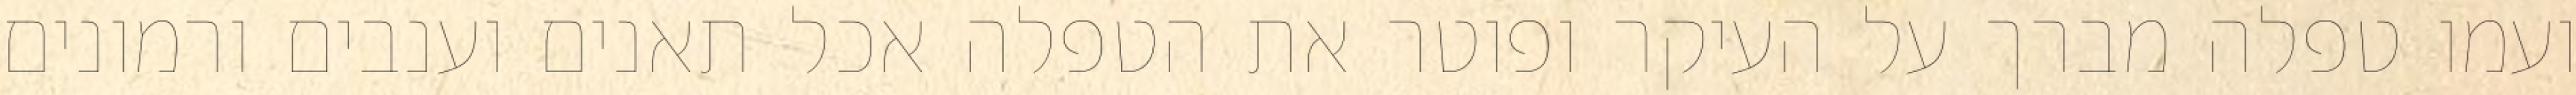
ועמו טפלה מברך על העיקר ופוטר את הטפלה אכל תאנים וענבים ורמונים